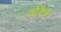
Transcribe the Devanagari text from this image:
याॅकैम